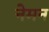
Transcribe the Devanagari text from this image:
नेमन